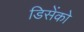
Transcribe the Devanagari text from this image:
डिसेंको